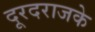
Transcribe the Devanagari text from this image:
दूरदराजके